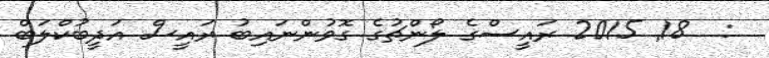
:  18